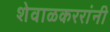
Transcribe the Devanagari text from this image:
शेवाळकररांनी